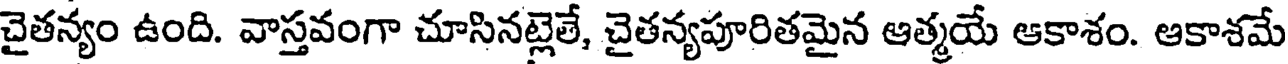
చైతన్యం ఉంది. వాస్తవంగా చూసినట్లెతే, చైతన్యపూరితమైన ఆత్మయే ఆకాశం. ఆకాశమే